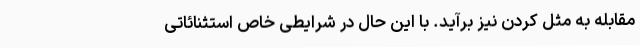
مقابله به مثل کردن نیز برآید. با این حال در شرایطی خاص استثنائاتی